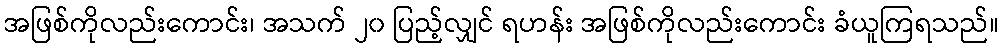
အဖြစ်ကိုလည်းကောင်း၊ အသက် ၂၀ ပြည့်လျှင် ရဟန်း အဖြစ်ကိုလည်းကောင်း ခံယူကြရသည်။